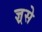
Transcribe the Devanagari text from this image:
ज्ञ्रसे